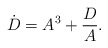
\begin{align*} \dot{D} = A^3+ \dfrac{D}{A}.\end{align*}